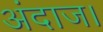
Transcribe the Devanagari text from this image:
अंदाज।